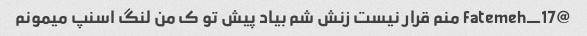
@fatemeh_17 منم قرار نیست زنش شم بیاد پیش تو ک من لنگ اسنپ میمونم